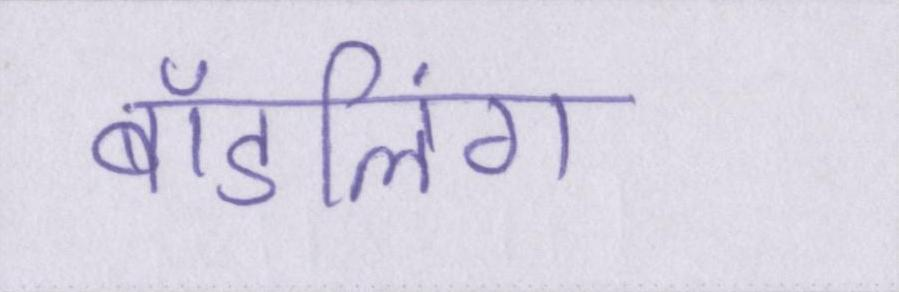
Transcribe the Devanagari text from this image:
बॉडलिंग